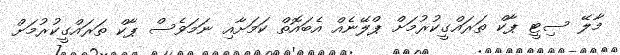
މާލޭ ސިޓީ ޕާކް ތަރައްގީކުރުމަށް ޕްލޭނެއް އެބައޮތް ކަމަށާއި ނަމަވެސް ޕާކް ތަރައްގީކުރުމަށް